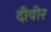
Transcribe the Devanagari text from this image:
दीवीर